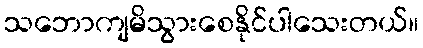
သဘောကျမိသွားစေနိုင်ပါသေးတယ်။